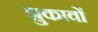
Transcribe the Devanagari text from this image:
झुकावों